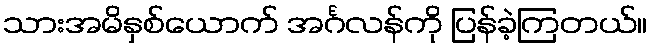
သားအမိနှစ်ယောက် အင်္ဂလန်ကို ပြန်ခဲ့ကြတယ်။